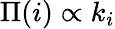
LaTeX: \Pi(i)\propto k_{i}